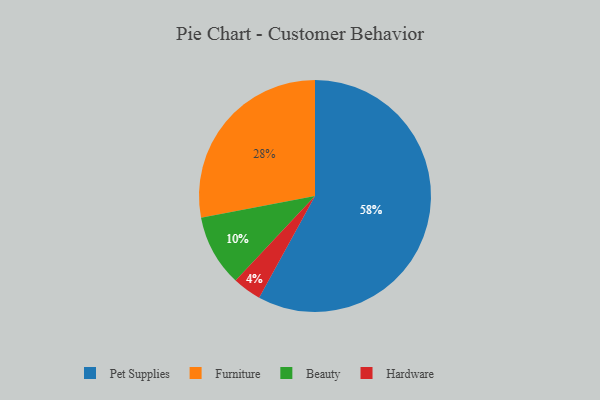
{"axis": {"x": "Category", "y": "Percentage"}, "legend": ["Beauty", "Furniture", "Hardware", "Pet Supplies"], "data": [{"x": "Pet Supplies", "y": 58, "type": "Pet Supplies"}, {"x": "Beauty", "y": 10, "type": "Beauty"}, {"x": "Furniture", "y": 28, "type": "Furniture"}, {"x": "Hardware", "y": 4, "type": "Hardware"}]}